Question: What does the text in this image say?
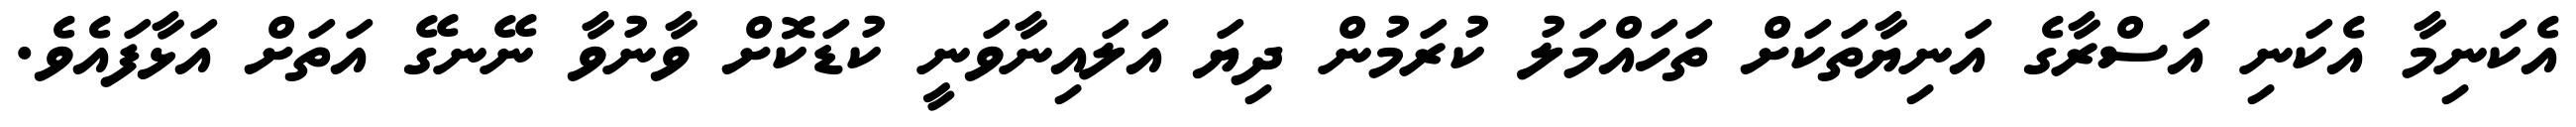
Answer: އެކަނިމާ އެކަނި އަސްރާގެ އަނިޔާތަކަށް ތަހައްމަލު ކުރަމުން ދިޔަ އަލައިނާވަނީ ކުޑަކޮށް ވާނުވާ ނޭނގޭ އަތަށް އަޅާފައެވެ.